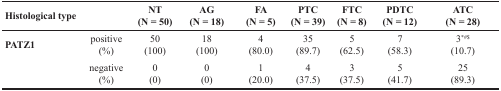
<table><thead><tr><td><b>Histological type</b></td><td></td><td><b>NT(N = 50)</b></td><td><b>AG(N = 18)</b></td><td><b>FA(N = 5)</b></td><td><b>PTC(N = 39)</b></td><td><b>FTC(N = 8)</b></td><td><b>PDTC(N = 12)</b></td><td><b>ATC(N = 28)</b></td></tr></thead><tbody><tr><td><b>PATZ1</b></td><td>positive(%)</td><td>50(100)</td><td>18(100)</td><td>4(80.0)</td><td>35(89.7)</td><td>5(62.5)</td><td>7(58.3)</td><td>3<sup>*#$</sup>(10.7)</td></tr><tr><td></td><td>negative(%)</td><td>0(0)</td><td>0(0)</td><td>1(20.0)</td><td>4(37.5)</td><td>3(37.5)</td><td>5(41.7)</td><td>25(89.3)</td></tr></tbody></table>